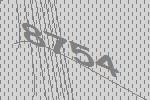
8754